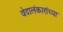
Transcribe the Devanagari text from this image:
वेदालंकारांच्या